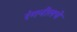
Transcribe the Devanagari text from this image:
रंगनीलचे